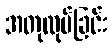
အတုလုပ်ခြင်း